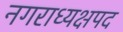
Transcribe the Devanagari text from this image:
नगराध्यक्षपद